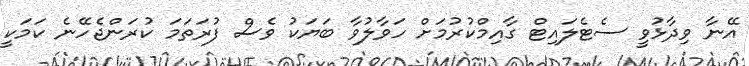
އޭނާ ވިދާޅުވީ ސެޓެލައިޓް ގާއިމްކުރުމަށް ހަވާލުވާ ބަޔަކު ވެސް ފުރަތަމަ ކުރަންޖެހޭނެ ކަމަކީ